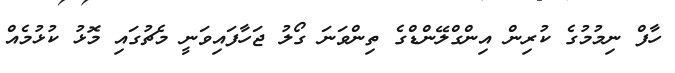
ހާފް ނިމުމުގެ ކުރިން އިންގްލޭންޑްގެ ތިންވަނަ ގޯލު ޖަހާފައިވަނީ މެޗުގައި މޮޅު ކުޅުމެއް